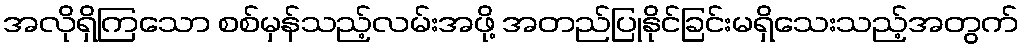
အလိုရှိကြသော စစ်မှန်သည့်လမ်းအဖို့ အတည်ပြုနိုင်ခြင်းမရှိသေးသည့်အတွက်